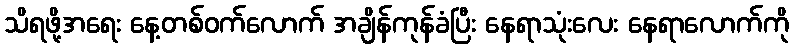
သိရဖို့အရေး နေ့တစ်ဝက်လောက် အချိန်ကုန်ခံပြီး နေရာသုံးလေး နေရာလောက်ကို